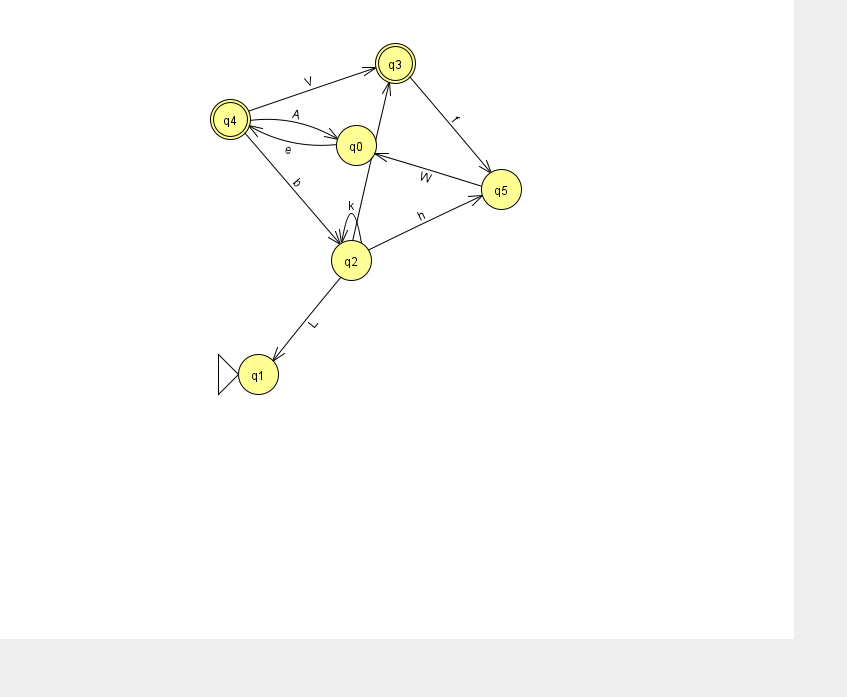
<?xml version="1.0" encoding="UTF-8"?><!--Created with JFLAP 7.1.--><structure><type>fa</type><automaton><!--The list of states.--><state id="0" name="q0"><x>356.0</x><y>132.0</y></state><state id="1" name="q1"><x>258.0</x><y>361.0</y><initial/></state><state id="2" name="q2"><x>351.0</x><y>247.0</y></state><state id="3" name="q3"><x>395.0</x><y>50.0</y><final/></state><state id="4" name="q4"><x>230.0</x><y>106.0</y><final/></state><state id="5" name="q5"><x>501.0</x><y>176.0</y></state><!--The list of transitions.--><transition><from>4</from><to>2</to><read>b</read></transition><transition><from>2</from><to>5</to><read>h</read></transition><transition><from>3</from><to>5</to><read>f</read></transition><transition><from>5</from><to>0</to><read>W</read></transition><transition><from>2</from><to>1</to><read>L</read></transition><transition><from>0</from><to>4</to><read>e</read></transition><transition><from>2</from><to>2</to><read>k</read></transition><transition><from>4</from><to>3</to><read>V</read></transition><transition><from>4</from><to>0</to><read>A</read></transition><transition><from>2</from><to>3</to><read>c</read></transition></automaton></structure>